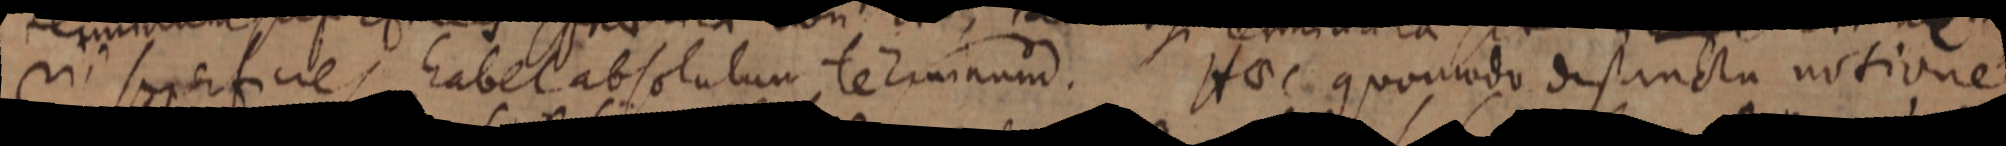
in supercificies habet absolutum terminum. Haec quomodo distincta notione